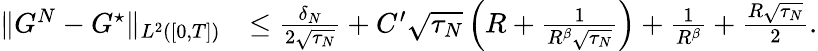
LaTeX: \begin{array}{rl}{\| G^{N}-G^{\star}\| _{L^{2}([0,T])}}&{\le\frac{\delta_{N}}{2\sqrt{\tau_{N}}}+C^{\prime}\sqrt{\tau_{N}}\left(R+\frac{1}{R^{\beta}\sqrt{\tau_{N}}}\right)+\frac{1}{R^{\beta}}+\frac{R\sqrt{\tau_{N}}}{2}.}\end{array}